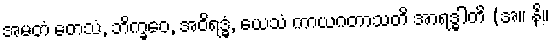
အမတံ တေသံ, ဘိက္ခဝေ, အဝိရဒ္ဓံ, ယေသံ ကာယဂတာသတိ အာရဒ္ဓါတိ (အ။ နိ။